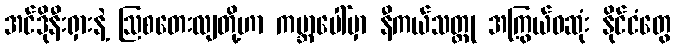
အင်ဒိုနီးရှားနဲ့ ဩစတေးလျတို့ဟာ ကမ္ဘာပေါ်မှာ နီကယ်သတ္တု အကြွယ်ဝဆုံး နိုင်ငံတွေ